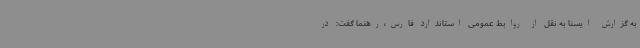
به گزارش ایسنا به نقل از روابط عمومی استاندارد فارس،رهنما گفت: در